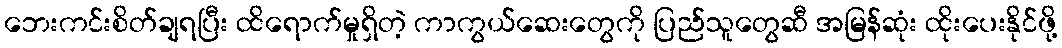
ဘေးကင်းစိတ်ချရပြီး ထိရောက်မှုရှိတဲ့ ကာကွယ်ဆေးတွေကို ပြည်သူတွေဆီ အမြန်ဆုံး ထိုးပေးနိုင်ဖို့